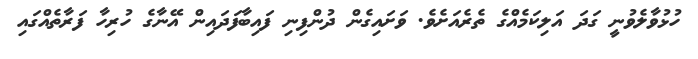
ހުޅުވާލެވުނީ ގަދަ އަލިކަމެއްގެ ތެރެއަށެވެ. ވަށައިގެން ދުންފިނި ފައިބާފަދައިން އޭނާގެ ހުރިހާ ފަރާތެއްގައި